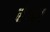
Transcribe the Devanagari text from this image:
रंभ।